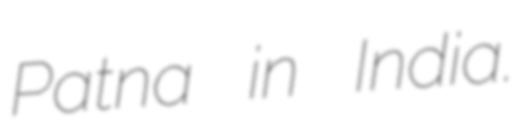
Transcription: Patna in India.